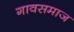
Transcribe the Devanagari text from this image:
गावसमाज